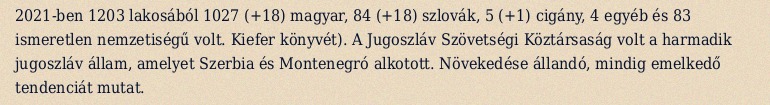
2021-ben 1203 lakosából 1027 (+18) magyar, 84 (+18) szlovák, 5 (+1) cigány, 4 egyéb és 83 ismeretlen nemzetiségű volt. Kiefer könyvét). A Jugoszláv Szövetségi Köztársaság volt a harmadik jugoszláv állam, amelyet Szerbia és Montenegró alkotott. Növekedése állandó, mindig emelkedő tendenciát mutat.